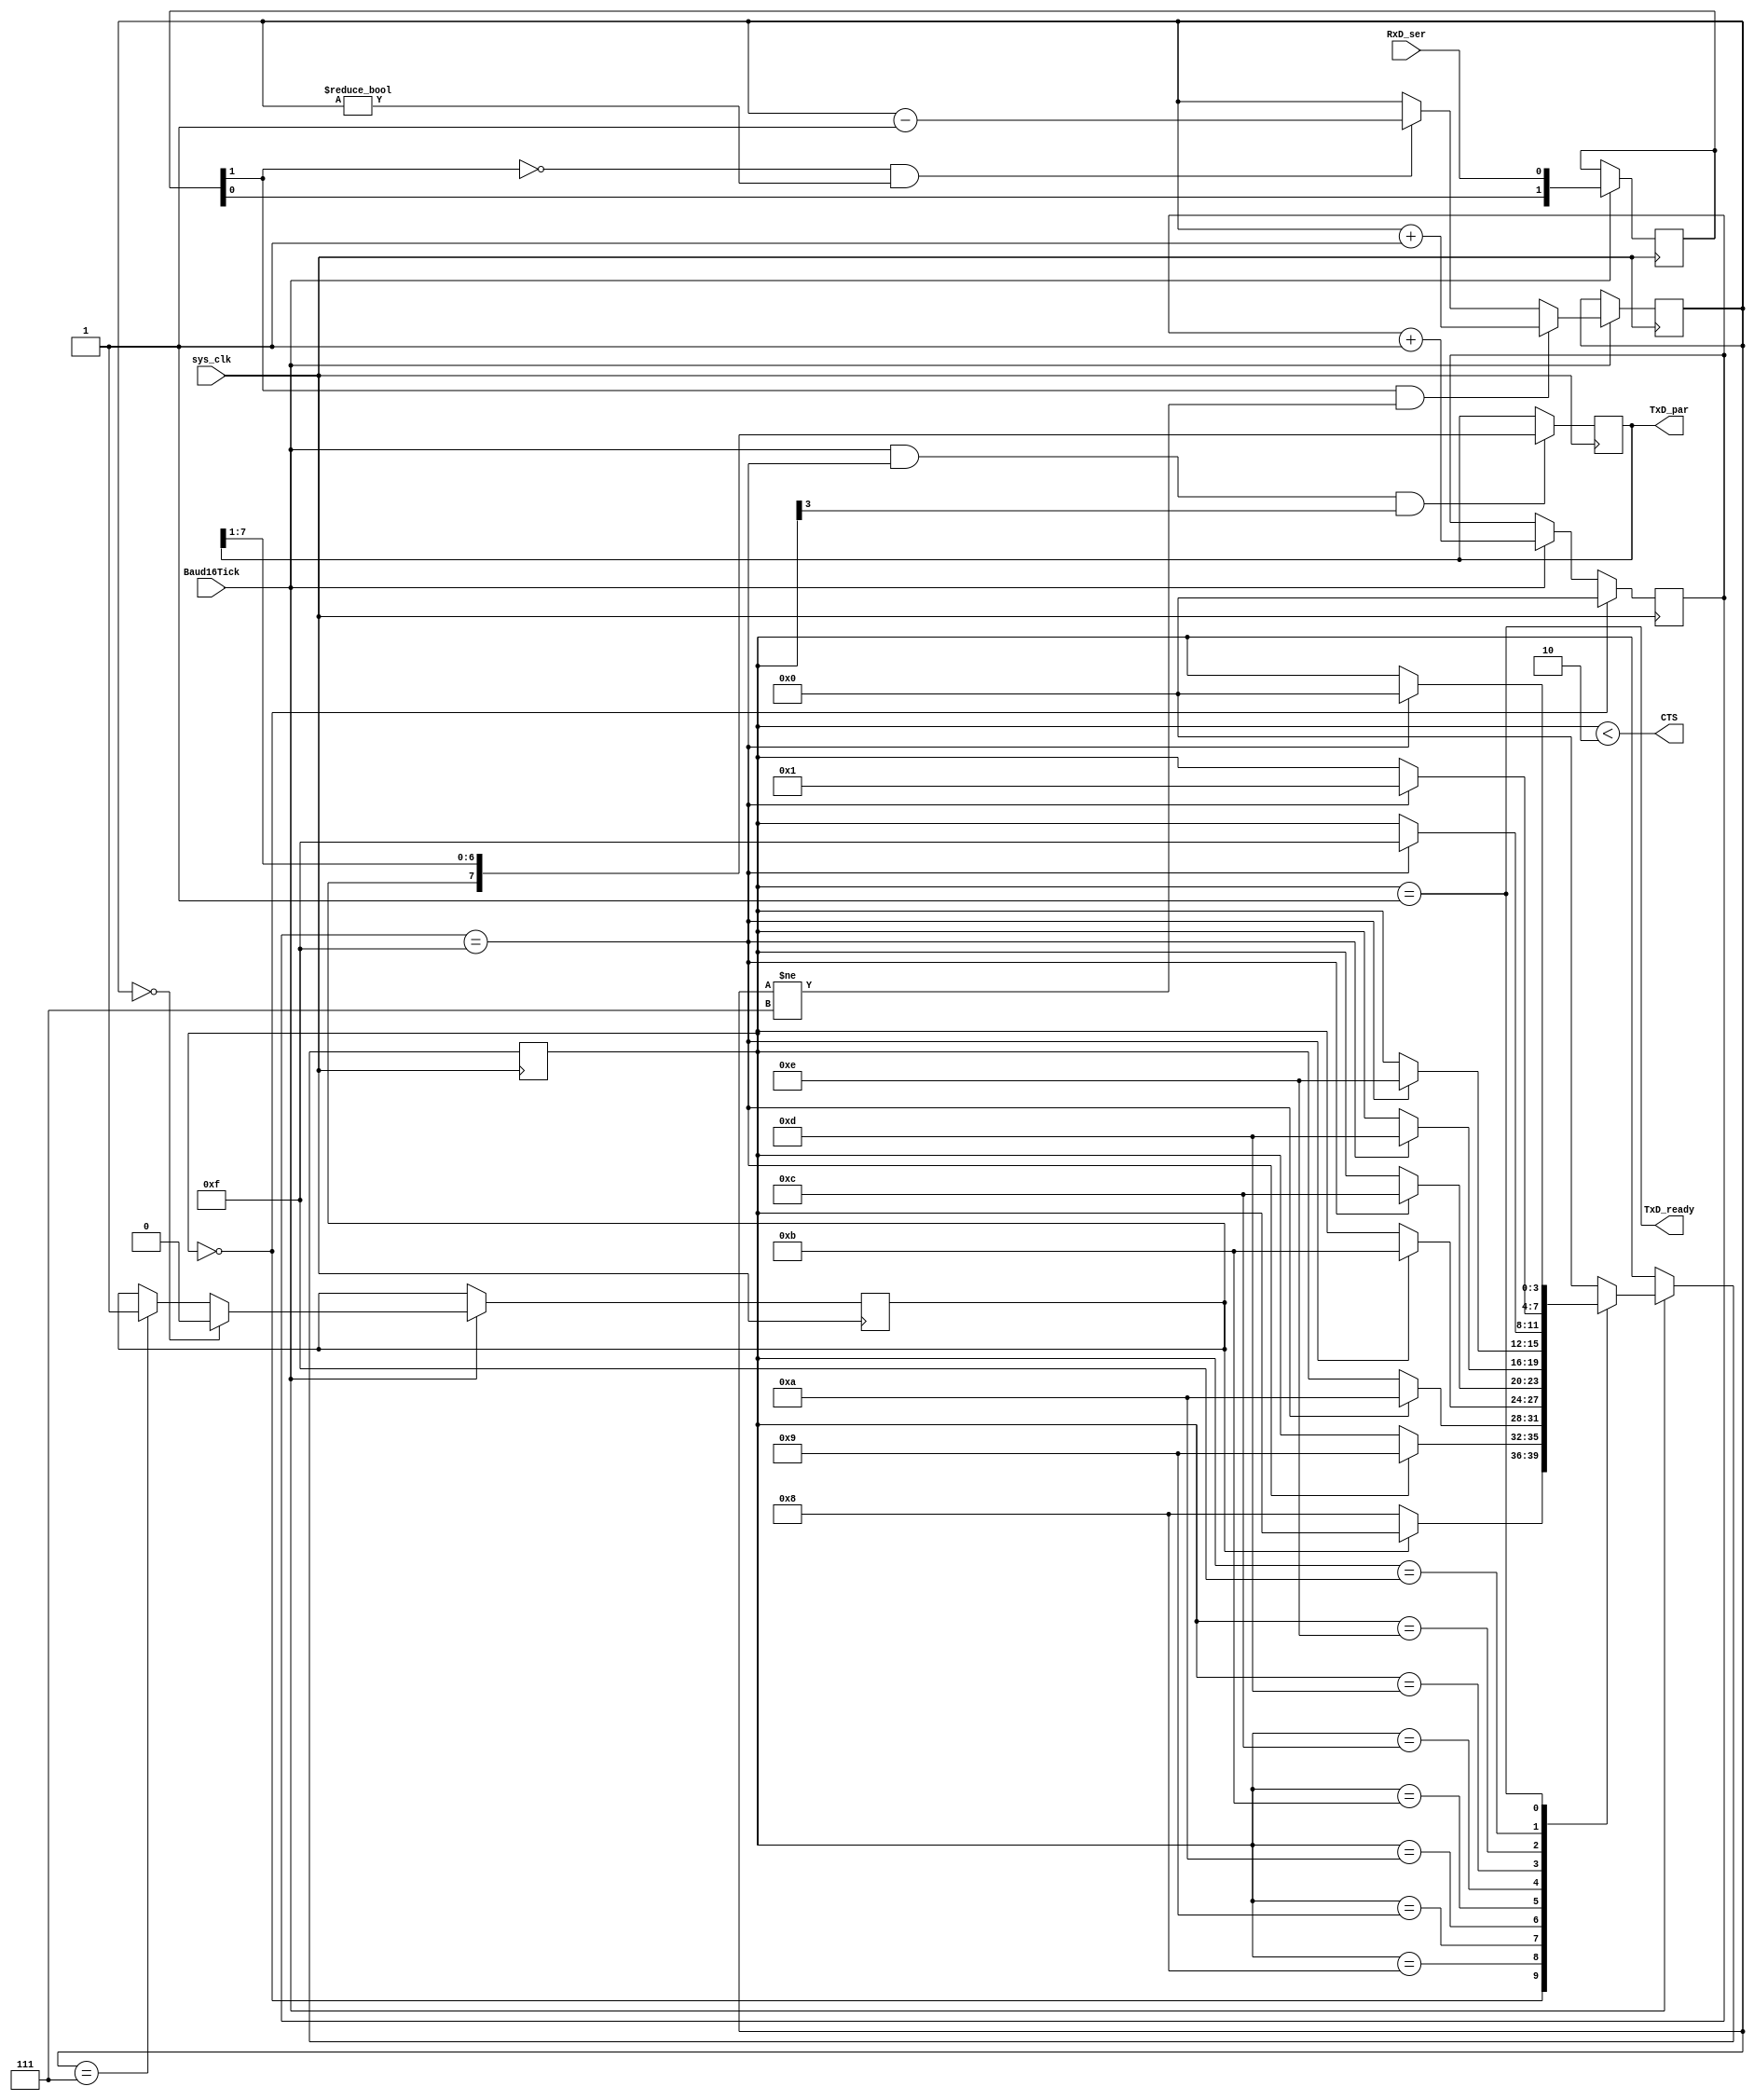
module UART_RX(
    input RxD_ser,
	 output CTS, // I am clear to receive (active high)
	 input sys_clk,
	 input Baud16Tick, // Oversampling by 16
    output reg [7:0] TxD_par, //8 bit data
    output TxD_ready
    );
	

	
	// Data synchronization ans stablization by passing it through 2 flip flops
	reg [1:0] RxD_sync;
	always @(posedge sys_clk) if(Baud16Tick) RxD_sync <= {RxD_sync[0], RxD_ser};
	
	
	// Filter data
	reg [2:0] RxD_cnt=7;
	reg RxD_bit;

	always @(posedge sys_clk)
	if(Baud16Tick)
	begin
		if(RxD_sync[1] && RxD_cnt!=3'b111) RxD_cnt <= RxD_cnt + 1; // Count up no of times line is high
		else if(~RxD_sync[1] && RxD_cnt!=3'b000) RxD_cnt <= RxD_cnt - 1; // Count down no of times line is low
		
		// Determine data
		if(RxD_cnt==3'b000) RxD_bit <= 0;
		else if(RxD_cnt==3'b111) RxD_bit <= 1;
	end
	
	// State machine
	reg [3:0] state=0;

	always @(posedge sys_clk)
	if(Baud16Tick)
	case(state)
		4'b0000: if(~RxD_bit) state <= 4'b1000; // start bit found?
		4'b1000: if(next_bit) state <= 4'b1001; // bit 0
		4'b1001: if(next_bit) state <= 4'b1010; // bit 1
		4'b1010: if(next_bit) state <= 4'b1011; // bit 2
		4'b1011: if(next_bit) state <= 4'b1100; // bit 3
		4'b1100: if(next_bit) state <= 4'b1101; // bit 4
		4'b1101: if(next_bit) state <= 4'b1110; // bit 5
		4'b1110: if(next_bit) state <= 4'b1111; // bit 6
		4'b1111: if(next_bit) state <= 4'b0001; // bit 7
		4'b0001: if(next_bit) state <= 4'b0000; // stop bit
		default: state <= 4'b0000;
	endcase
	
	// Ready to receive
	assign CTS = (state<2); //ready to receive
	
	// Measure bit spacing
	reg [3:0] bit_spacing;
	always @(posedge sys_clk)
	if(state==0)
		bit_spacing <= 0;
	else
	if(Baud16Tick) bit_spacing <= bit_spacing + 1;
	
	wire next_bit = (bit_spacing==15);
	
	assign TxD_ready = (state==1);
	
	// Collect data	
	//reg [7:0] TxD_par;
	always @(posedge sys_clk) if(Baud16Tick && next_bit && state[3]) TxD_par <= {RxD_bit, TxD_par[7:1]};
	
	
endmodule